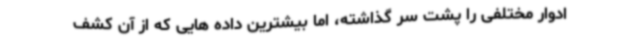
ادوار مختلفی را پشت سر گذاشته، اما بیشترین داده هایی که از آن کشف